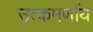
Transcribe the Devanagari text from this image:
उत्कमर्णाय